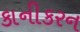
કાનીકરન